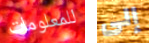
للمعلومات إلى